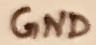
Text: GND